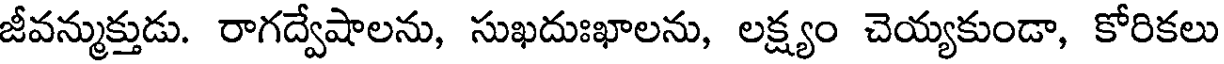
జీవన్ముక్తుడు. రాగద్వేషాలను, సుఖదుఃఖాలను, లక్ష్యం చెయ్యకుండా, కోరికలు